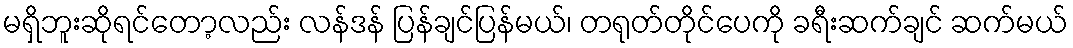
မရှိဘူးဆိုရင်တော့လည်း လန်ဒန် ပြန်ချင်ပြန်မယ်၊ တရုတ်တိုင်ပေကို ခရီးဆက်ချင် ဆက်မယ်